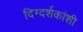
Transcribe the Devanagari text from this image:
दिग्दर्शकांशी